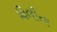
વિલીના